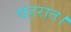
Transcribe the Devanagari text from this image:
घहरात।